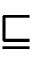
\sqsubseteq